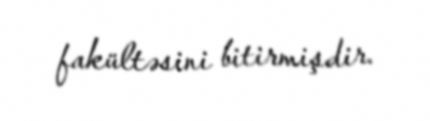
fakültəsini bitirmişdir.